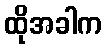
ထိုအခါက